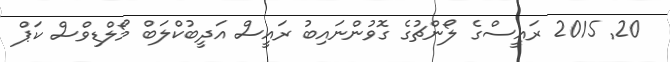
20